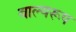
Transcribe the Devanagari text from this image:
बाल्यरूप